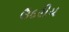
ઉદરીય